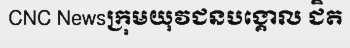
CNC Newsក្រុមយុវជនបង្គោល ជិត